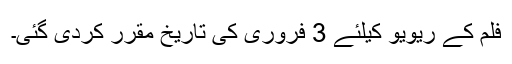
فلم کے ریویو کیلئے 3 فروری کی تاریخ مقرر کردی گئی۔